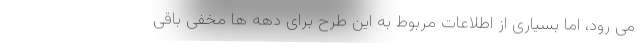
می رود، اما بسیاری از اطلاعات مربوط به این طرح برای دهه ها مخفی باقی